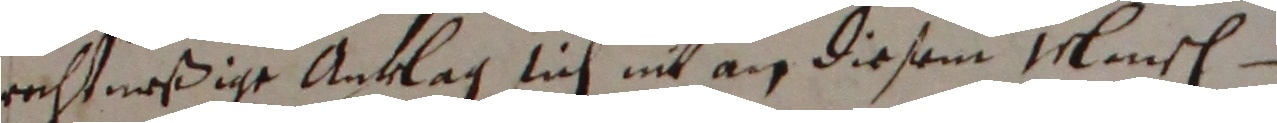
rechtnoßige anklag sich nit an diesem minsch